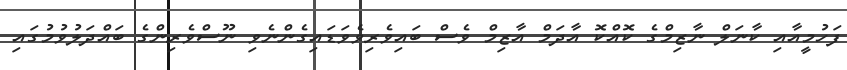
ފަހުމީއާއި ކާނަލް ނާޒިމްގެ ކޮއްކޮ އާދަމް އާޒިމް ވެސް ބައިވެރިވެވަޑައިގެންނެވި ނޫސްވެރިންގެ ބައްދަލުވުމުގައި